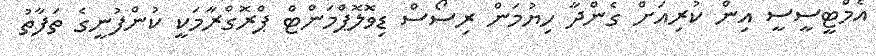
އެމްޓީސީސީ އިން ކުރިއަށް ގެންދާ ހިޔުމަން ރިސޯސް ޑިވޮލޮޕްމަންޓް ޕްރޮގްރާމަކީ ކުންފުނީގެ ތަފާތު